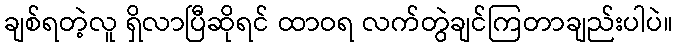
ချစ်ရတဲ့လူ ရှိလာပြီဆိုရင် ထာဝရ လက်တွဲချင်ကြတာချည်းပါပဲ။